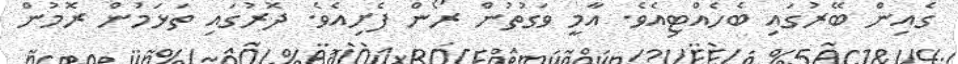
ގެއިން ބޭރުގައި ބެހެއްޓިއެވެ. އާމީ ވަގުތުން ރޯން ފެށިއެވެ. ދޮރުގައި ތަޅަމުން ރޮމުން